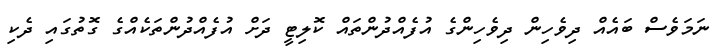
ނަަމަވެސް ބައެއް ދިވެހިން ދިވެހިންގެ އުފެއްދުންތައް ކޮލިޓީ ދަށް އުފެއްދުންތަކެއްގެ ގޮތުގައި ދެކި